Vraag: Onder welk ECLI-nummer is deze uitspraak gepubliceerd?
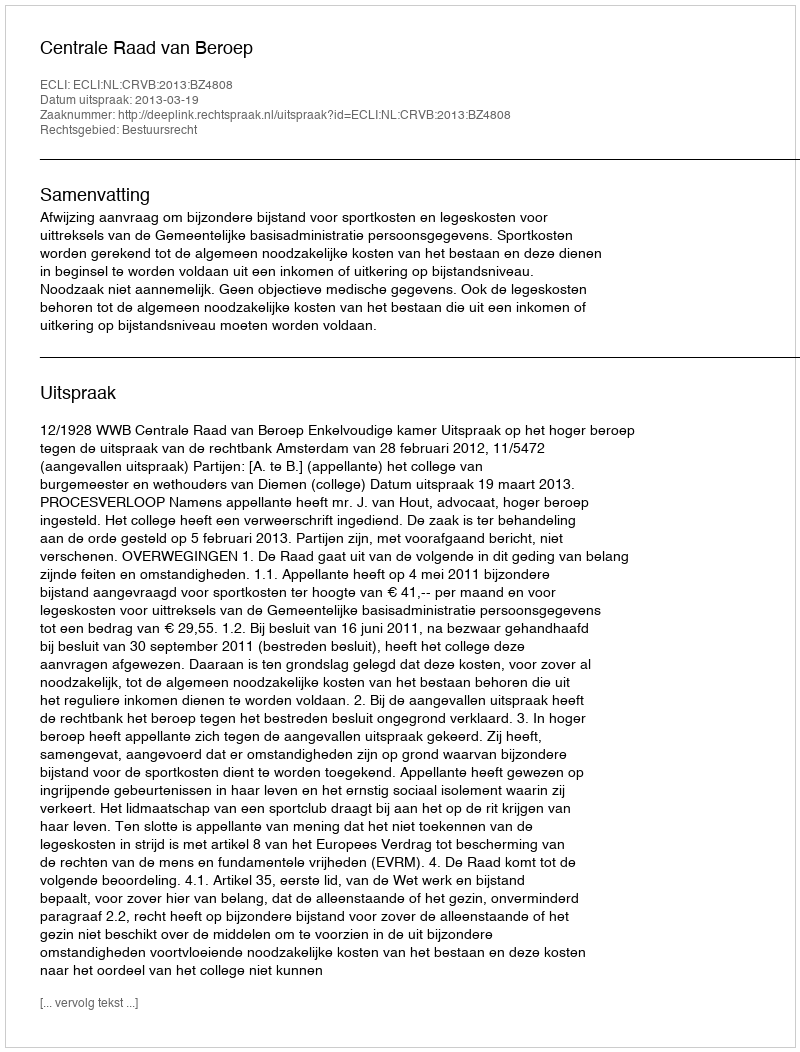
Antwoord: ECLI:NL:CRVB:2013:BZ4808